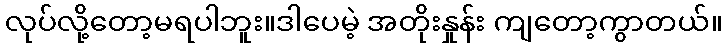
လုပ်လို့တော့မရပါဘူး။ဒါပေမဲ့ အတိုးနှုန်း ကျတော့ကွာတယ်။